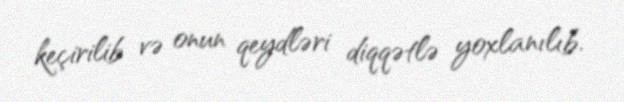
keçirilib və onun qeydləri diqqətlə yoxlanılıb.